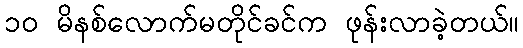
၁၀ မိနစ်လောက်မတိုင်ခင်က ဖုန်းလာခဲ့တယ်။